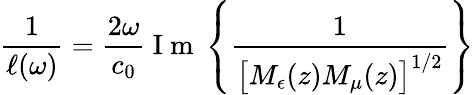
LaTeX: \frac{1}{\ell(\omega)}=\frac{2\omega}{c_{0}}\mathrm{~I~m~}\left\{ \frac{1}{\big[M_{\epsilon}(z)M_{\mu}(z)\big]^{1/2}}\right\}